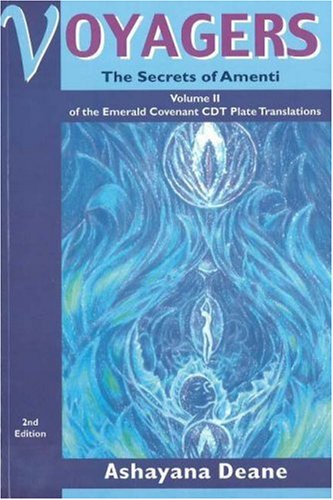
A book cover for Voyagers II: Secrets of Amenti; Ashayana Deane; Science & Math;